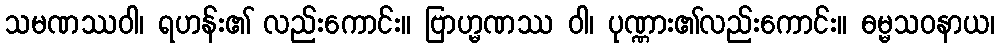
သမဏဿဝါ၊ ရဟန်း၏ လည်းကောင်း။ ဗြာဟ္မဏဿ ဝါ၊ ပုဏ္ဏား၏လည်းကောင်း။ ဓမ္မသဝနာယ၊